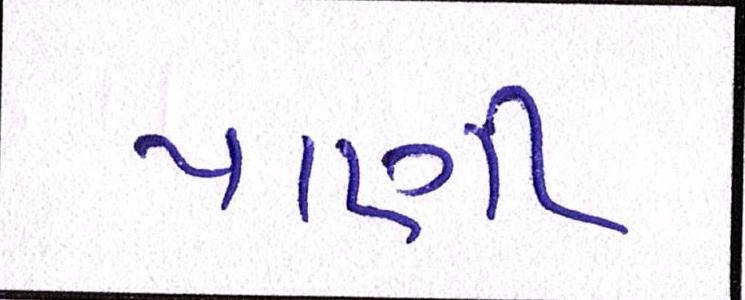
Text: પાણી